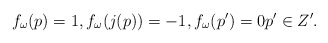
\begin{align*} f_{\omega}(p)=1,f_{\omega}(j(p))=-1,f_{\omega}(p')=0 p'\in Z'.\end{align*}